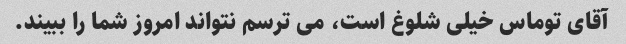
آقای توماس خیلی شلوغ است، می ترسم نتواند امروز شما را ببیند.